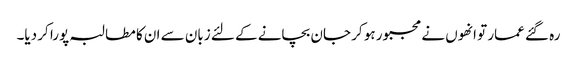
رہ گئے عمار تو انھوں نے مجبور ہو کر جان بچانے کے لئے زبان سے ان کا مطالبہ پورا کر دیا۔